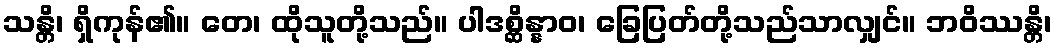
သန္တိ၊ ရှိကုန်၏။ တေ၊ ထိုသူတို့သည်။ ပါဒစ္ဆိန္နာဝ၊ ခြေပြတ်တို့သည်သာလျှင်။ ဘဝိဿန္တိ၊